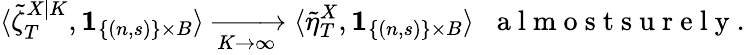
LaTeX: \langle\tilde{\zeta}_{T}^{X|K},\mathbf{1}_{\{ (n,s)\} \times B}\rangle\xrightarrow[K\to\infty]{}\langle\tilde{\eta}_{T}^{X},\mathbf{1}_{\{ (n,s)\} \times B}\rangle\; \; \mathrm{~a~l~m~o~s~t~s~u~r~e~l~y~}.